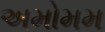
અમોમમ